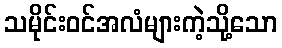
သမိုင်းဝင်အလံများကဲ့သို့သော